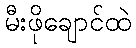
မီးဖိုချောင်ထဲ